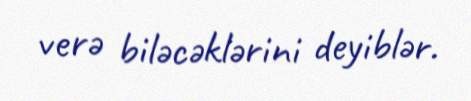
verə biləcəklərini deyiblər.